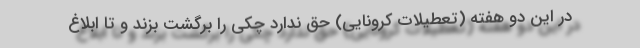
در این دو هفته (تعطیلات کرونایی) حق ندارد چکی را برگشت بزند و تا ابلاغ